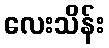
လေးသိန်း